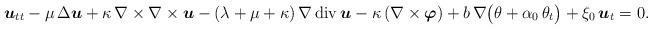
LaTeX: \begin{align*}\boldsymbol{u}_{tt} - \mu \,\Delta \boldsymbol{u} + \kappa\, \nabla \times \nabla \times \boldsymbol{u} - (\lambda + \mu + \kappa)\,\nabla\,{\rm{div}}\,\boldsymbol{u} - \kappa\,(\nabla\times \boldsymbol{\varphi} ) + b\,\nabla \big( \theta + \alpha_{0}\,\theta_{t} \big) + \xi_{0}\,\boldsymbol{u}_{t} =0.\end{align*}